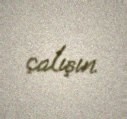
çalışın.